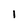
Character: 1